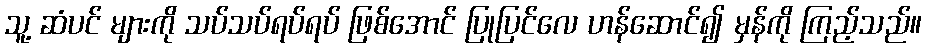
သူ့ ဆံပင် များကို သပ်သပ်ရပ်ရပ် ဖြစ်အောင် ပြုပြင်လေ ဟန်ဆောင်၍ မှန်ကို ကြည့်သည်။